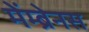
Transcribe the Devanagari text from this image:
मेंम्ब्रेनस